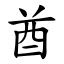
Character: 酋